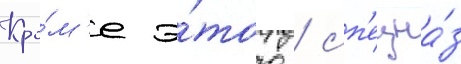
Кро́м'е э́того / сп'ецна́з